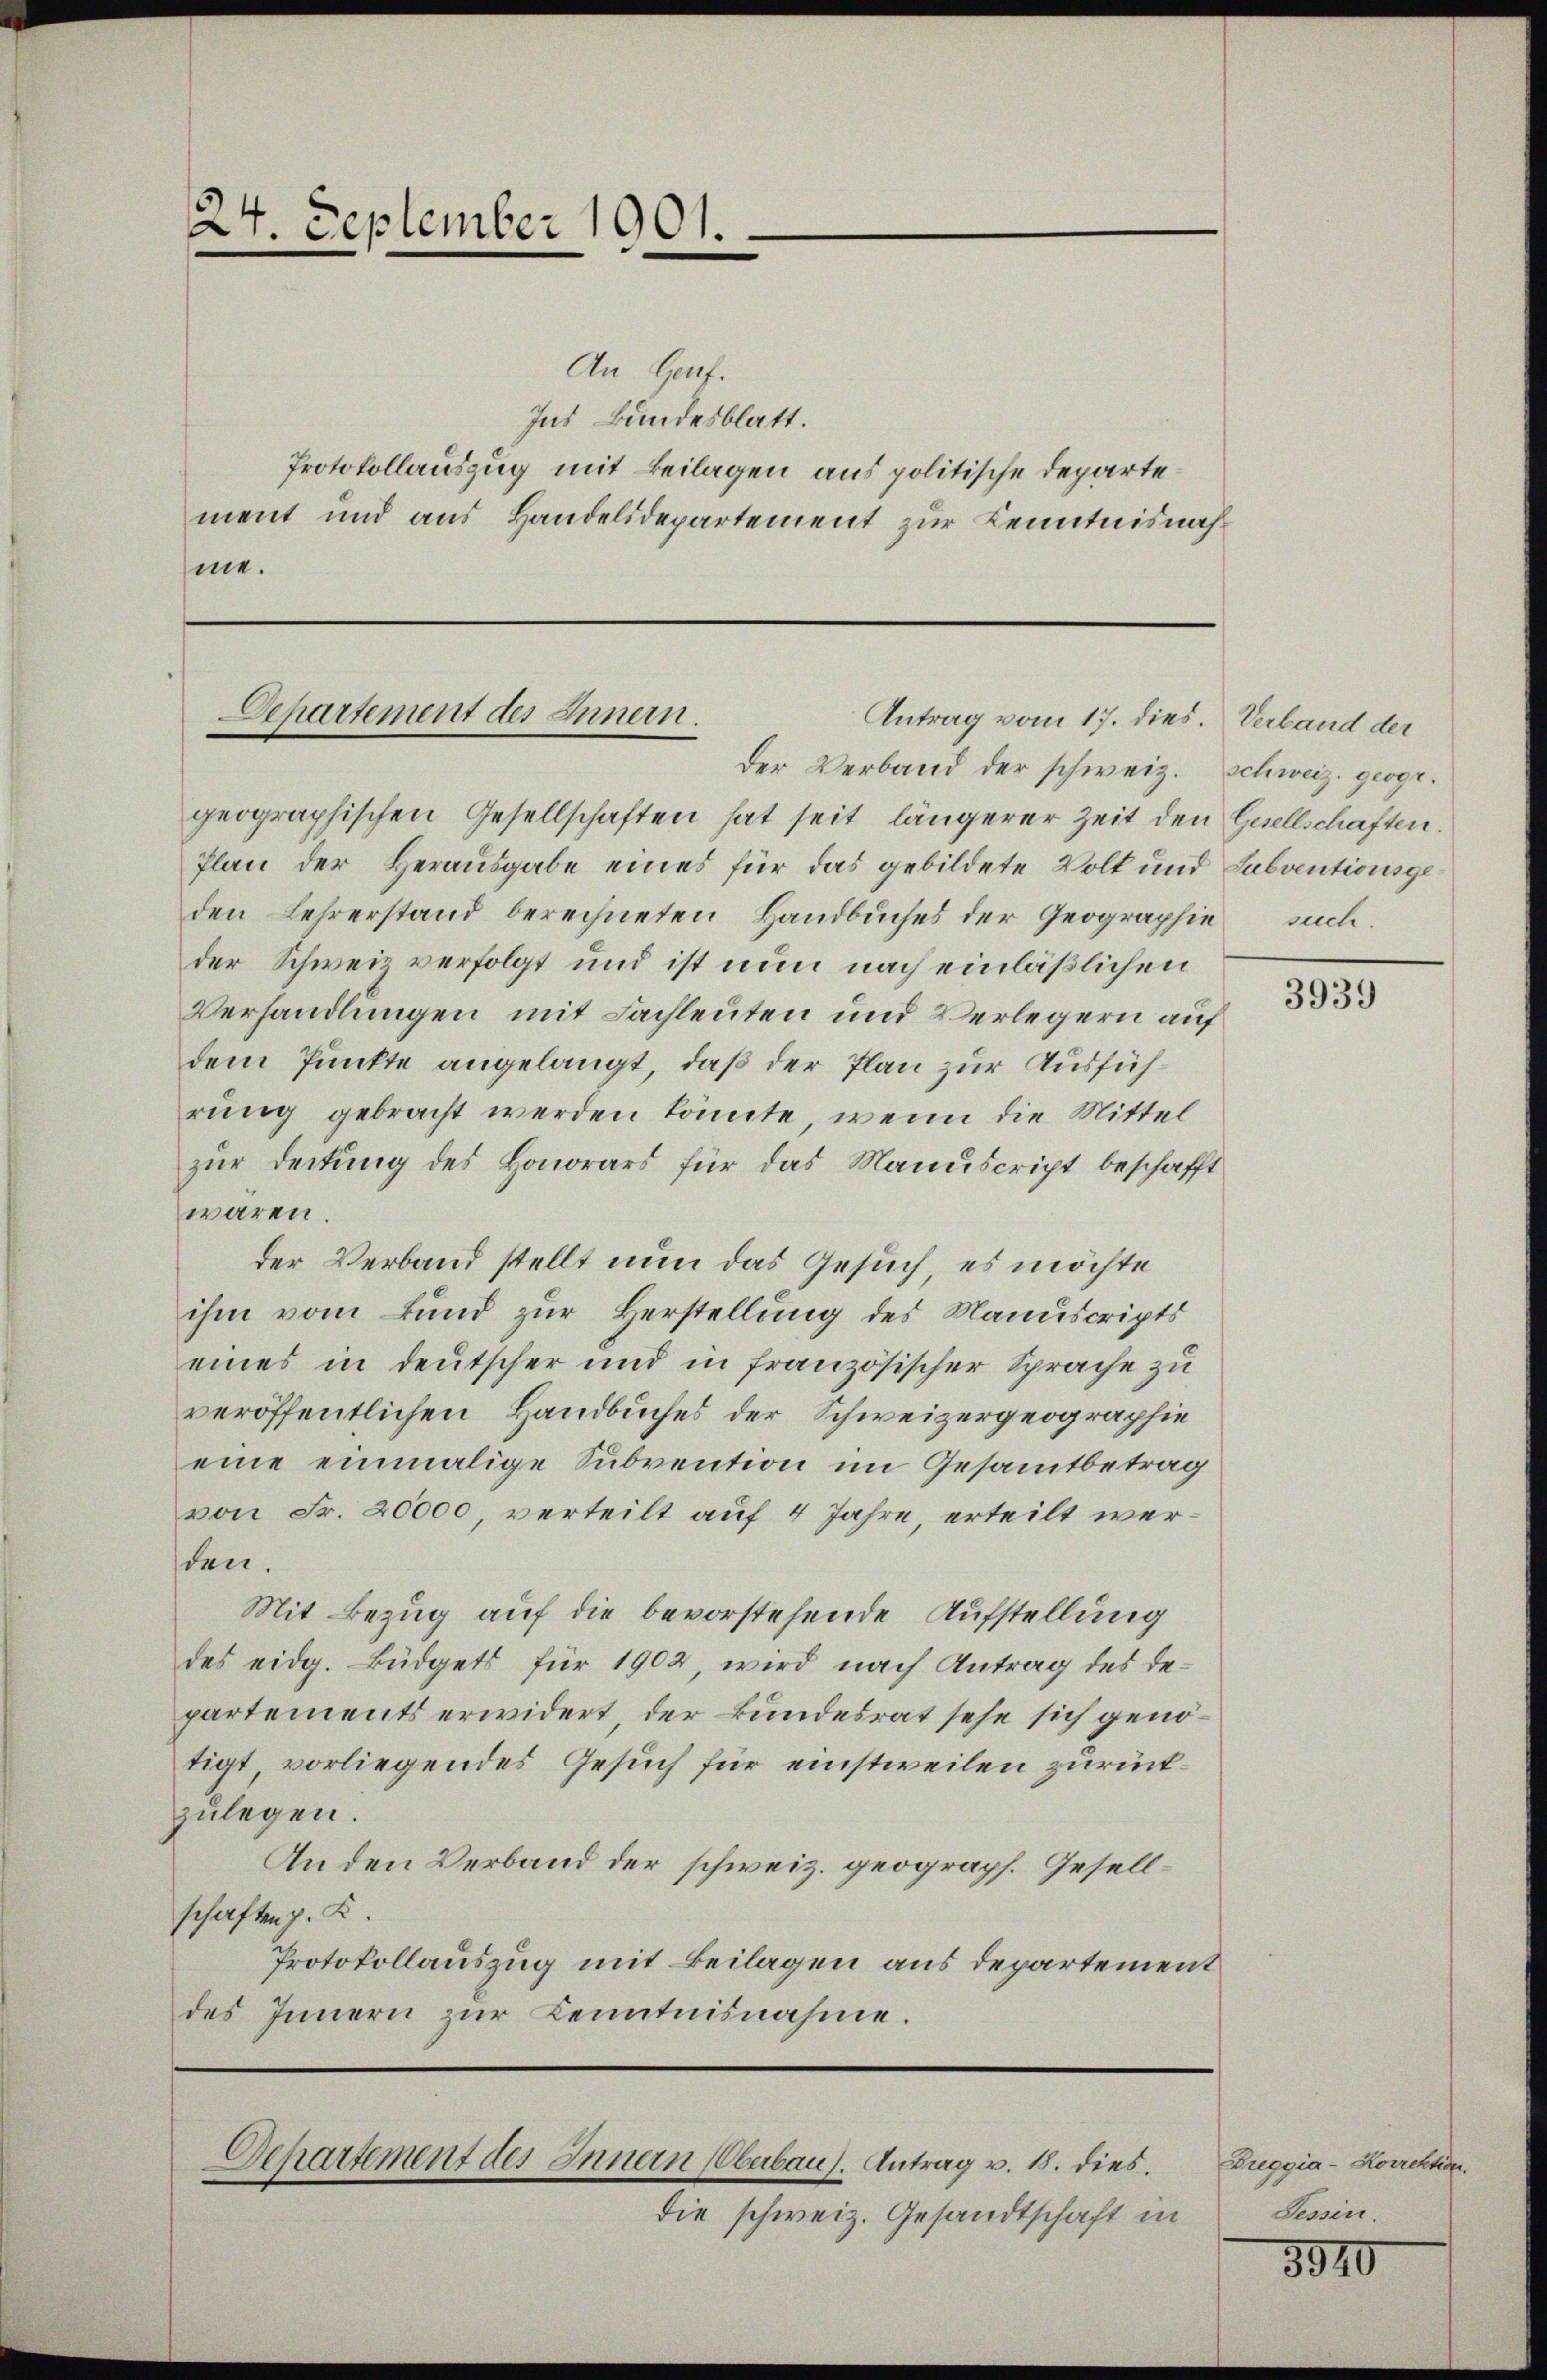
24. September 1901.

An Genf.
Ins Bundesblatt.
Protokollauszug mit Beilagen aus politische Departement und aus Handelsdepartement zur Kenntnisnah
me.

Departement des Innern.
Antrag vom 17. dies. Verband der

geographischen Gesellschaften hat seit längerer Zeit den Gesellschaften.
Plan der Herausgabe eines für das gebildete Volk und Subventionsgeden Lehrerstand berechneten Handbuches der Geographie such.
der Schweiz verfolgt und ist nun nach einläßlichen
Verhandlungen mit Fachleuten und Verlegern auf
dem Punkte angelangt, daß der Plan zur Ausführung gebracht werden könnte, wenn die Mittel
zur Deckung des Honorars für das Manuscript beschafft
wären.
der Verband stellt nun das Gesuch, es möchte
ihm vom Bund zur Herstellung des Manuscripts
eines in deutscher und in französischer Sprache zu
veröffentlichen Handbuches der Schweizergeographie
eine einmalige Subvention im Gesamtbetrag
von Fr. 20000, verteilt auf 4 Jahre erteilt werden.
Mit Bezug auf die bevorstehende Aufstellung
des eidg. Büdgets für 1902, wird nach Antrag des Departements erwidert, der Bundesrat sehe sich genötigt vorliegendes Gesuch für einstweilen zurückzulegen.
An den Verband der schweiz. geograph. Gesellschaften z. K.
Protokollauszug mit Beilagen aus departement
des Innern zur Kenntnisnahme.

Der Verband der schweiz. Schweiz. geogr.

Separtement des Innern Überbaus. Antrag v. 18. dies

die schweiz. Gesandtschaft in

3939

Breggia-Korrektion
Tessin.

3810